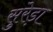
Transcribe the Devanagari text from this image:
सुरेड़ा